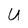
Character: U